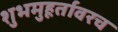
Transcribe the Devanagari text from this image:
शुभमुहूर्तावरच